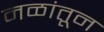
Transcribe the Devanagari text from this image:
नळांतून